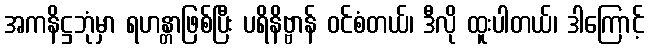
အကနိဋ္ဌဘုံမှာ ရဟန္တာဖြစ်ပြီး ပရိနိဗ္ဗာန် ဝင်စံတယ်၊ ဒီလို ထူးပါတယ်၊ ဒါကြောင့်